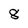
Character: 8